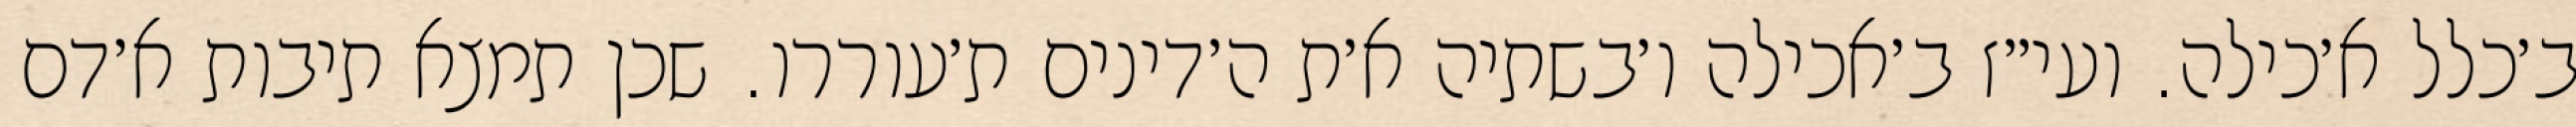
ב׳כלל א׳כילה. ועי״ז ב׳אכילה ו׳בשתיה א׳ת ה׳דינים ת׳עוררו. שכן תמצא תיבות א׳דם